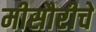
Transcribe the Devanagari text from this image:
मीसौरीचे